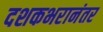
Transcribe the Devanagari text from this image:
दशकभरानंतर